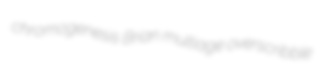
chromogenesis Brian multiage overscribble